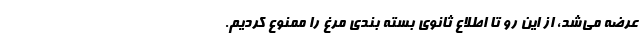
عرضه می‌شد، از این رو تا اطلاع ثانوی بسته بندی مرغ را ممنوع کردیم.